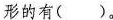
形的有( )。